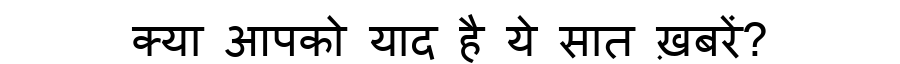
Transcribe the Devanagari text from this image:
क्या आपको याद है ये सात ख़बरें?